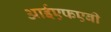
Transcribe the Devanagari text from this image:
आईएफएबी